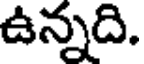
ఉన్నది.